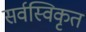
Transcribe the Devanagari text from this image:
सर्वस्विकृत